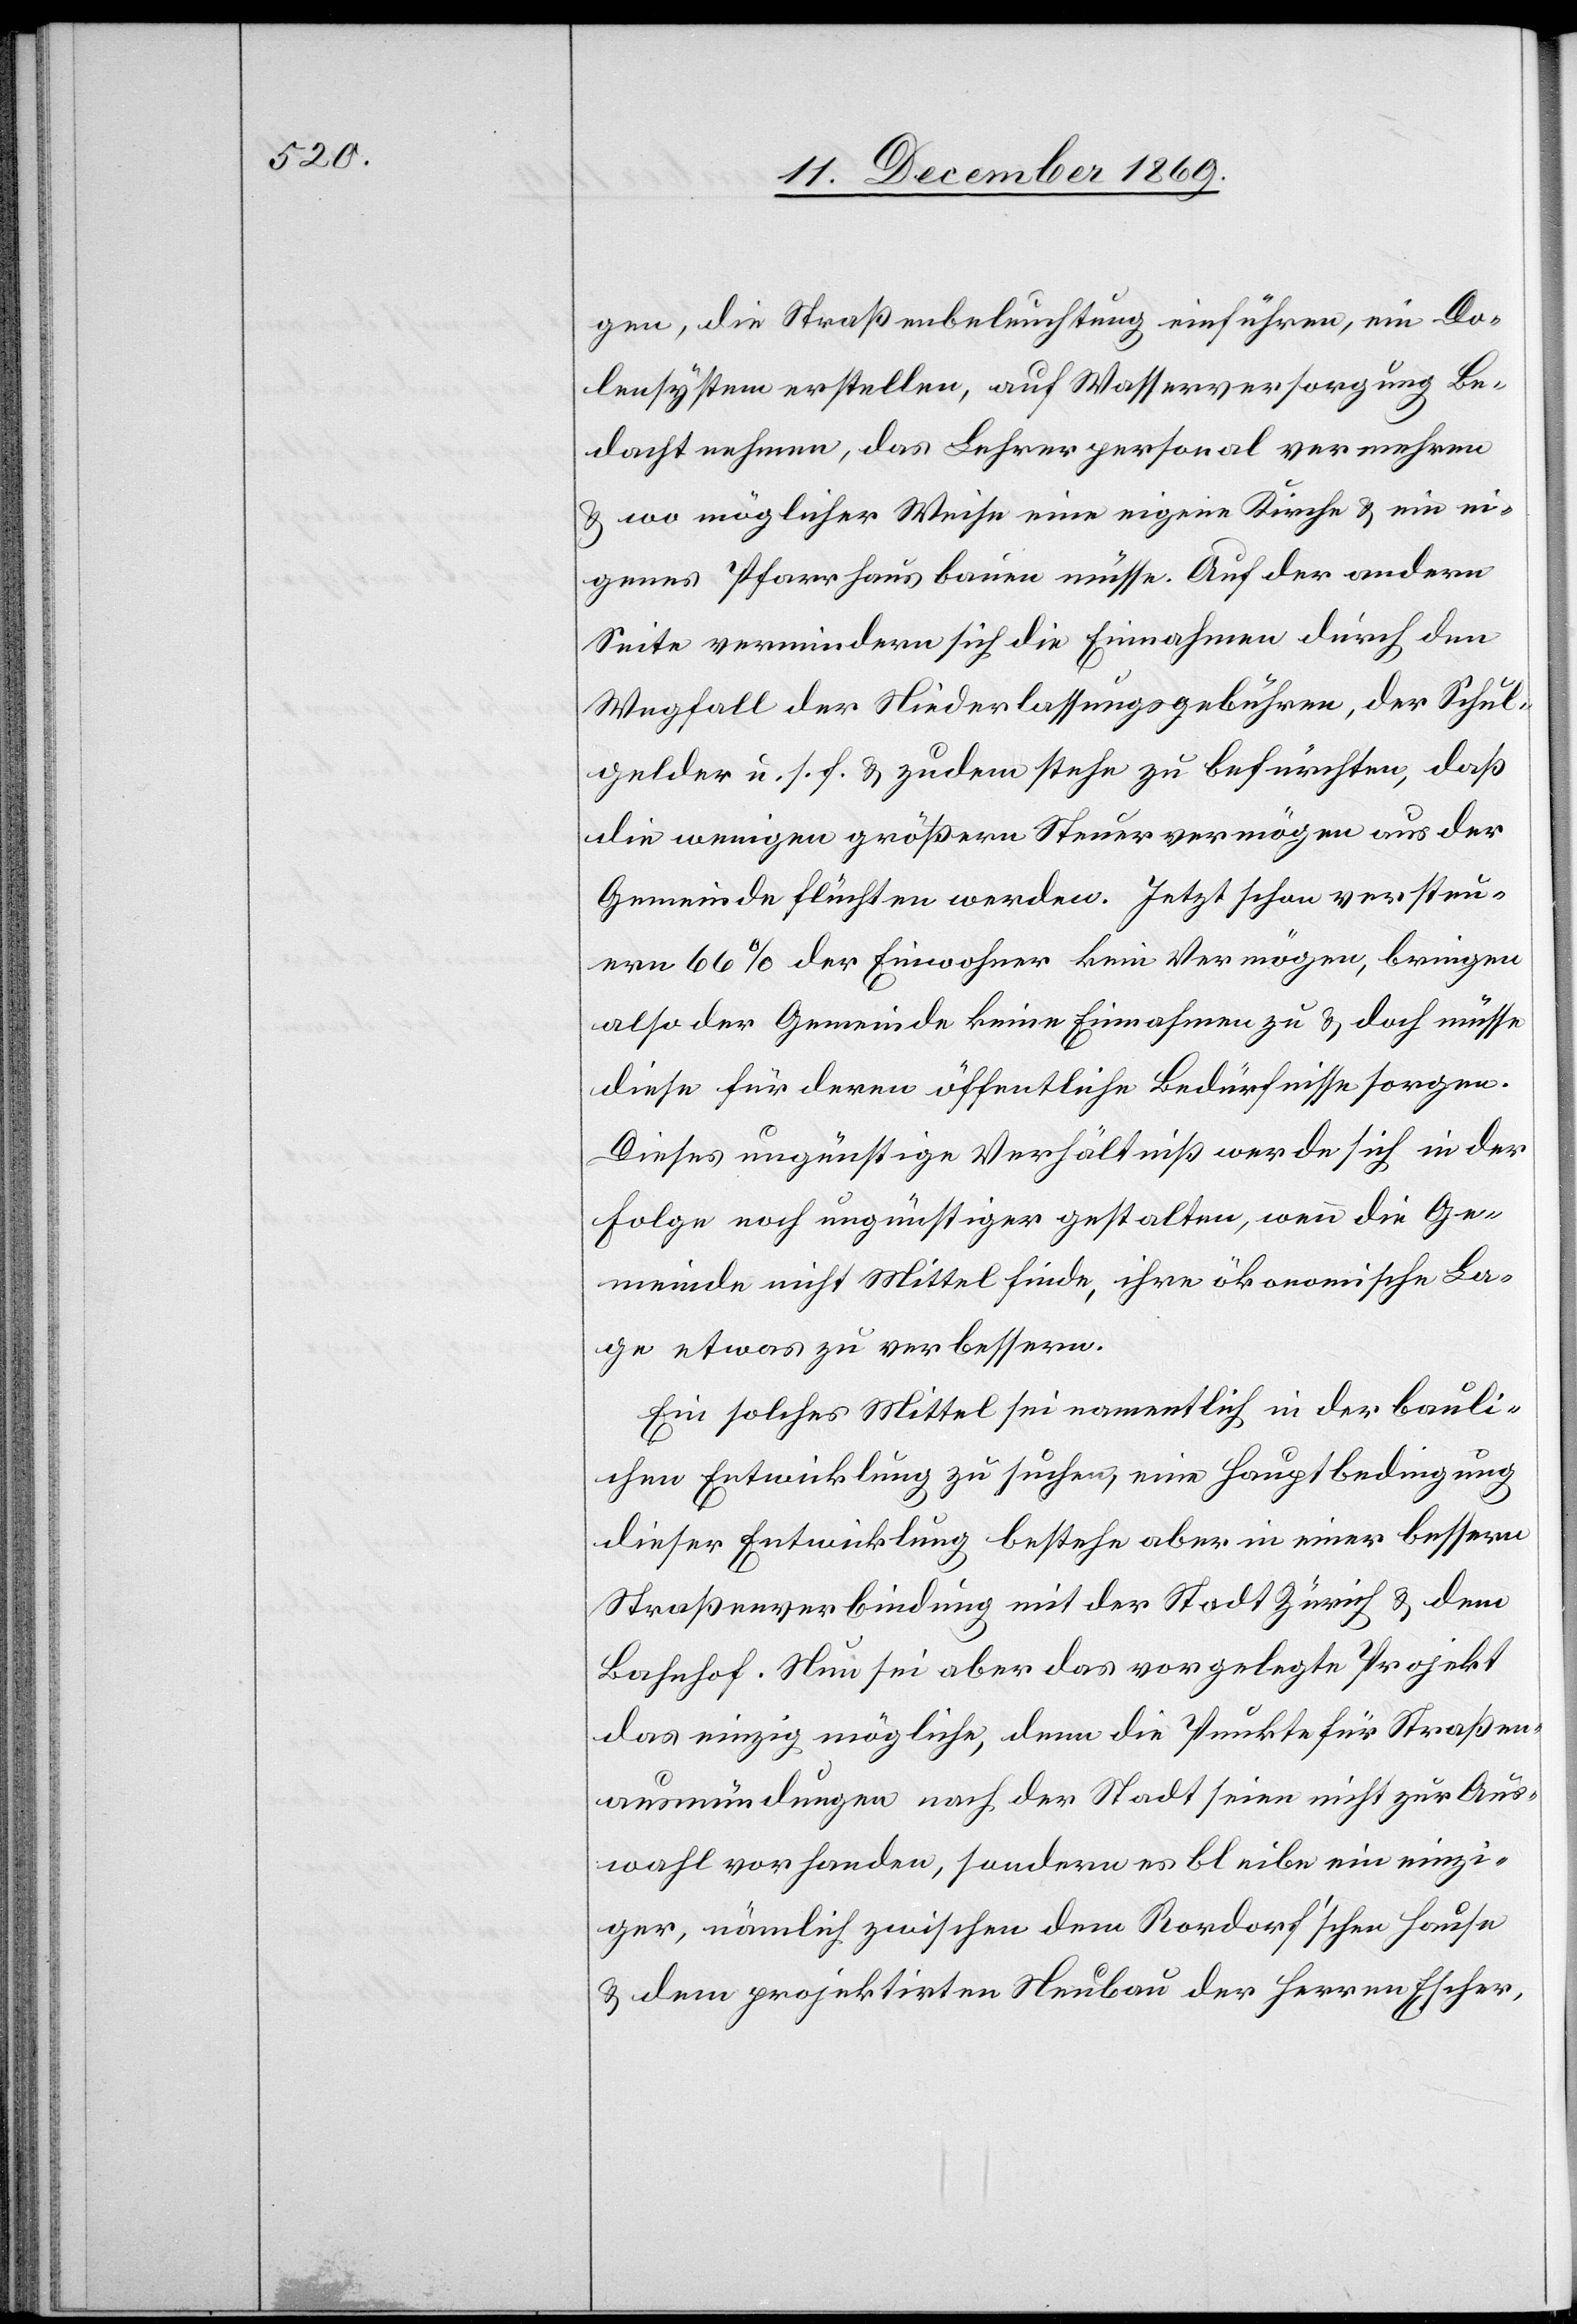
gen, die Straßenbeleuchtung einführen, ein Do¬
lensystem erstellen, auf Wasserversorgung Be¬
dacht nehmen, das Lehrerpersonal vermehren
& wo möglicher Weise eine eigene Kirche & ein ei¬
genes Pfarrhaus bauen müsse. Auf der andern
Seite vermindern sich die Einnahmen durch den
Wegfall der Niederlassungsgebühren, der Schul¬
gelder u. s. f. & zudem stehe zu befürchten, daß
die wenigen größern Steuervermögen aus der
Gemeinde flüchten werden. Jetzt schon versteu¬
ern 66% der Einwohner kein Vermögen, bringen
also der Gemeinde keine Einnahmen zu & doch müsse
diese für deren öffentliche Bedürfnisse sorgen.
Dieses ungünstige Verhältniß werde sich in der
Folge noch ungünstiger gestalten, wenn die Ge¬
meinde nicht Mittel finde, ihre ökonomische La¬
ge etwas zu verbessern.
Ein solches Mittel sei namentlich in der bauli¬
chen Entwicklung zu suchen, eine Hauptbedingung
dieser Entwicklung bestehe aber in einer bessern
Straßenverbindung mit der Stadt Zürich & dem
Bahnhof. Nun sei aber das vorgelegte Projekt
das einzig mögliche, denn die Punkte für Straßen¬
ausmündungen nach der Stadt seien nicht zur Aus¬
wahl vorhanden, sondern es bleibe ein einzi¬
ger, nämlich zwischen dem Rordorf’schen Hause
& dem projektirten Neubau der Herren Escher,